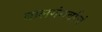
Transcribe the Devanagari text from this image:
बालगंधर्वांचं